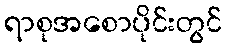
ရာစုအစောပိုင်းတွင်